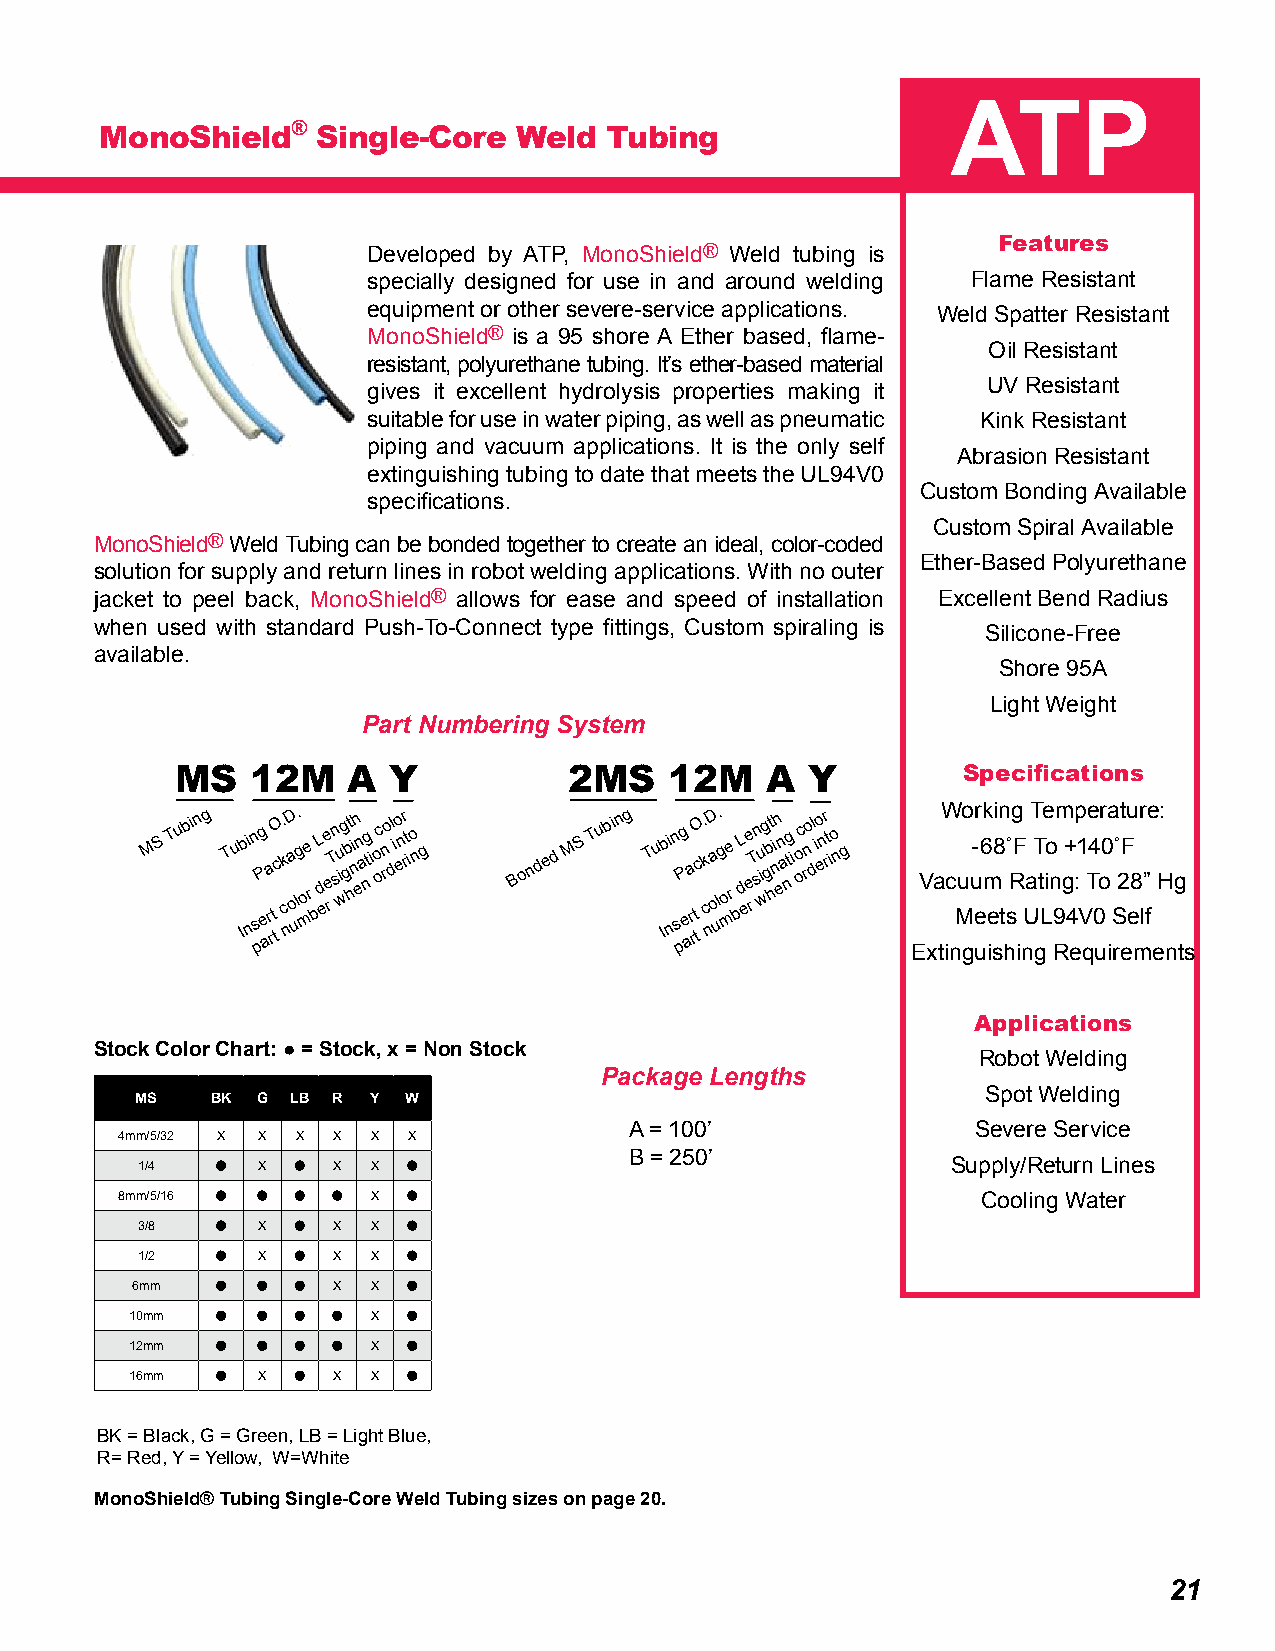
ATP
 MonoShield®   Single-Core  Weld  Tubing
 Features
 Developed by ATP, MonoShield® Weld tubing is
 specially designed for use in and around welding Flame Resistant
 equipment or other severe-service applications. Weld Spatter Resistant
 MonoShield® is a 95 shore A Ether based, flame-
 Oil Resistant
 resistant, polyurethane tubing. It’s ether-based material
 UV Resistant
 gives it excellent hydrolysis properties making it
 suitable for use in water piping, as well as pneumatic Kink Resistant
 piping and vacuum applications. It is the only self
 Abrasion Resistant
 extinguishing tubing to date that meets the UL94V0
 Custom Bonding Available
 specifications.
 Custom Spiral Available
 MonoShield® Weld Tubing can be bonded together to create an ideal, color-coded
 Ether-Based Polyurethane
 solution for supply and return lines in robot welding applications. With no outer
 jacket to peel back, MonoShield® allows for ease and speed of installation Excellent Bend Radius
 when used with standard Push-To-Connect type fittings, Custom spiraling is
 Silicone-Free
 available.
 Shore 95A
 Light Weight
 Part Numbering System
 MS   12M   A  Y           2MS   12M    A Y          Specifications
 M S T u bin g T u Ibi nn
 s
 pPg
 e
 a
 ra rtO tc . k
 c
 nD a
 o
 ul. g moe
 r
 bL d ere e T sn i wug gt b hi nh en a ntg i o oc rno l dio enr rt io n g B o n d e d M S T u bin g T u Ibi nn
 s
 pPg
 e
 a
 ra rtO tc . k
 c
 nD a
 o
 ul. g moe
 r
 bL d ere e T sn i wug gt b hi nh en a ntg i o oc rno l dio enr rt io n g EV xa tW ic nMuo gu- er u6k m
 e
 i8 si tn h˚ sRg F
 i
 nU
 a T T gt Le io n
 9
 Rm g+
 4
 e:p 1
 V
 qTe 4
 0
 uor 0 a
 i
 S
 r˚ 2t eFu e8 mr l” fe eH: ng
 ts
 Applications
 Stock Color Chart: ● = Stock, x = Non Stock
 Robot Welding
 Package Lengths
 Spot Welding
 MS   BK G LB R  Y W
 A = 100’               Severe Service
 4mm/5/32 X X X X X X
 B = 250’
 1/4  O  X  O X  X O                                   Supply/Return Lines
 8mm/5/16 O O O O X O                                     Cooling Water
 3/8  O  X  O X  X O
 1/2  O  X  O X  X O
 6mm  O  O  O X  X O
 10mm O  O  O O  X O
 12mm O  O  O O  X O
 16mm O  X  O X  X O
 BK = Black, G = Green, LB = Light Blue,
 R= Red, Y = Yellow, W=White
 MonoShield® Tubing Single-Core Weld Tubing sizes on page 20.
 21